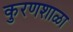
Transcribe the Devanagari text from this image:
कुरणशाळा